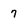
Character: 7